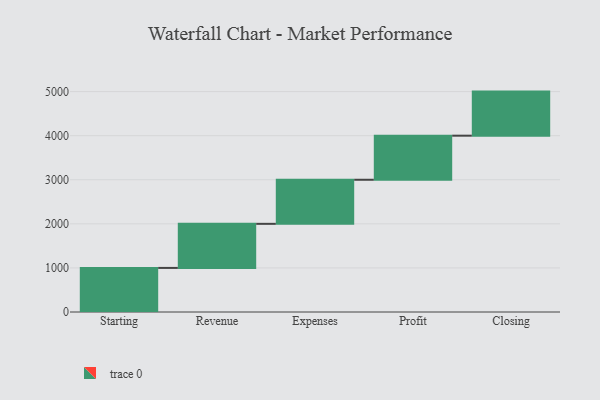
{"axis": {"x": "Step", "y": "Value"}, "legend": [""], "data": [{"x": "Starting", "y": 1000, "type": ""}, {"x": "Revenue", "y": 1000, "type": ""}, {"x": "Expenses", "y": 1000, "type": ""}, {"x": "Profit", "y": 1000, "type": ""}, {"x": "Closing", "y": 1000, "type": ""}]}